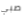
صبي